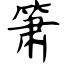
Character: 箫